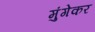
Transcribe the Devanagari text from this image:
मुंगेकर